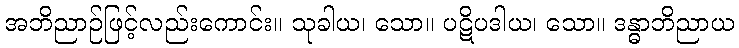
အဘိညာဉ်ဖြင့်လည်းကောင်း။ သုခါယ၊ သော။ ပဋိပဒါယ၊ သော။ ဒန္ဓာဘိညာယ